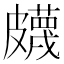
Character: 𥀯